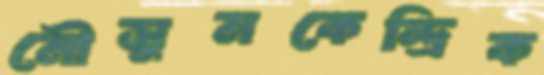
মৌসুমকেন্দ্রিক